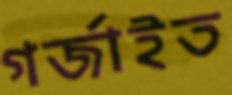
গর্জাইত